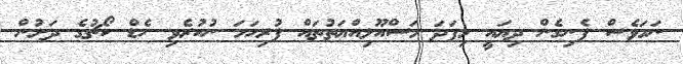
ނަމަވެސް ފެނިގެން ދިޔައީ މިފަދަ މަސްއޫލިއްޔަތުތައް ފުރިހަމަ ނުކުރެވި ހެޑް ކޯޗުގެ ދަށުން